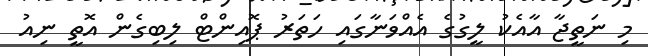
މި ނަތީޖާ އާއެކު ލީގުގެ އެއްވަނާގައި ހަތަރު ޕޮއިންޓް ލިބިގެން އޮތީ ނިއު